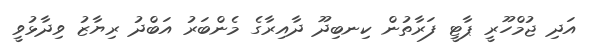
އަދި ޖުމްހޫރީ ޕާޓީ ފަރާތުން ކިނބިދޫ ދާއިރާގެ މެންބަރު އަބްދު ރިޔާޒު ވިދާޅުވީ